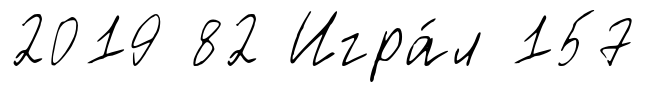
2019 82 Игра́л 157